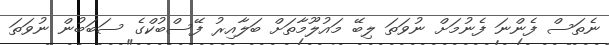
ނެތަސް ފެންނަ ފެނުމަށް ނުވަތަ ލިބޭ މައުލޫމާތަށް ބަލާއިރު ފޭސްބުކްގެ ސަބަބުން ނުވަތަ